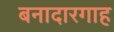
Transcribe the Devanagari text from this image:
बनादारगाह